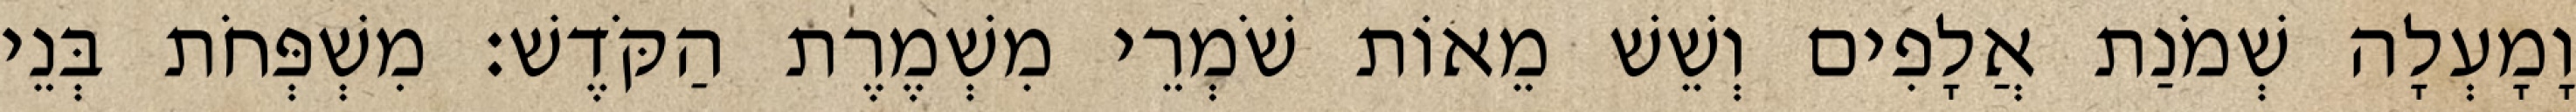
וָמָעְלָה שְׁמֹנַת אֲלָפִים וְשֵׁשׁ מֵאוֹת שֹׁמְרֵי מִשְׁמֶרֶת הַקֹּדֶשׁ׃ מִשְׁפְּחֹת בְּנֵי